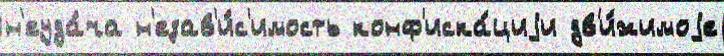
н'еуда́ча н'езав'и́с'имость конф'иска́циjи дв'и́жимоjе